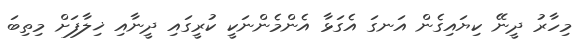
މިހާރު ދީނޭ ކިޔައިގެން އަނގަ އެގަޅާ އެންމެންނަކީ ކުރީގައި ދީނާއި ޚިލާފަށް މިތިބަ